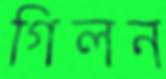
গিলন